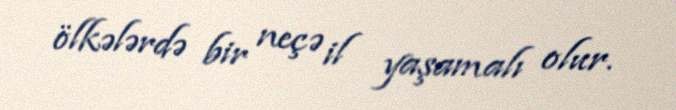
ölkələrdə bir neçə il yaşamalı olur.